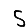
Digit: 5